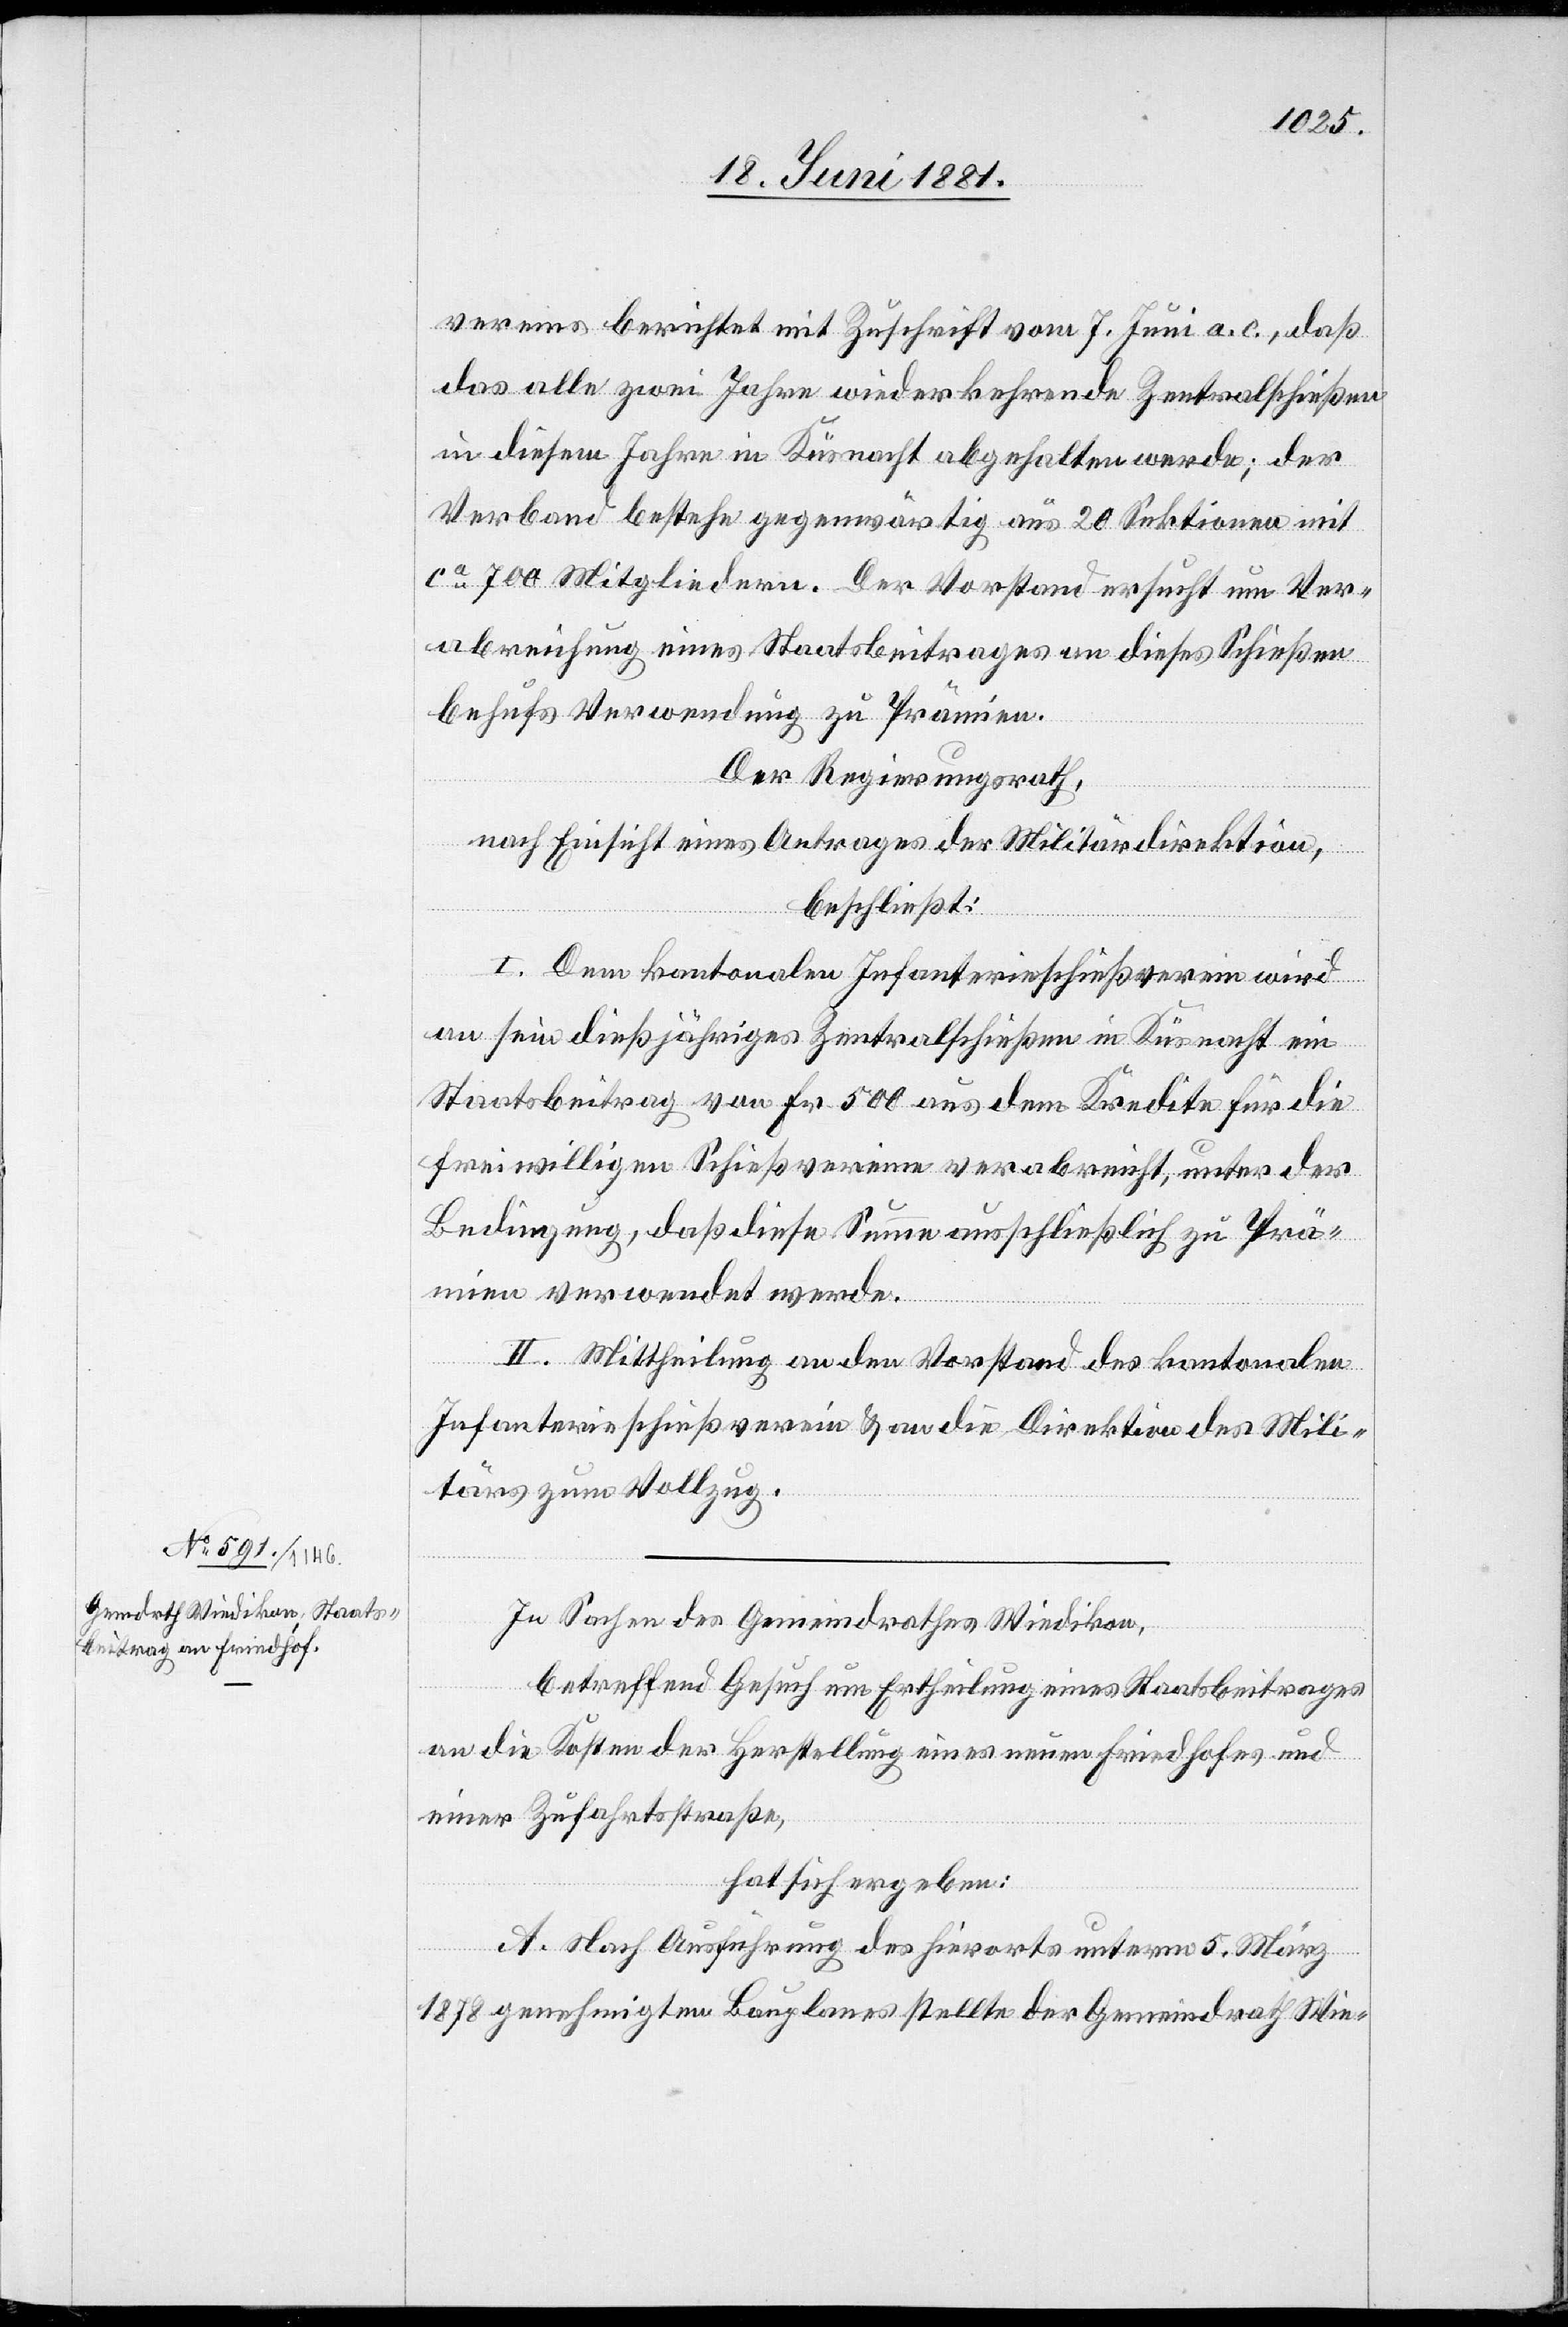
vereins berichtet mit Zuschrift vom 7. Juni a. c., daß
das alle zwei Jahre wiederkehrende Zentralschießen
in diesem Jahre in Küsnacht abgehalten werde; der
Verband bestehe gegenwärtig aus 20 Sektionen mit
ca 700 Mitgliedern. Der Vorstand ersucht um Ver¬
abreichung eines Staatsbeitrages an dieses Schießen
behufs Verwendung zu Prämien.
Der Regierungsrath,
nach Einsicht eines Antrages der Militärdirektion,
beschließt:
I. Dem kantonalen Infanterieschießverein wird
an sein dießjähriges Zentralschießen in Küsnacht ein
Staatsbeitrag von Fr. 500 aus dem Kredite für die
freiwilligen Schießvereine verabreicht, unter der
Bedingung, daß diese Summe ausschließlich zu Prä¬
mien verwendet werde.
II. Mittheilung an den Vorstand des kantonalen
Infanterieschießverein & an die Direktion des Mili¬
tärs zum Vollzug.
In Sachen des Gemeindrathes Wiedikon,
betreffend Gesuch um Ertheilung eines Staatsbeitrages
an die Kosten der Herstellung eines Friedhofes und
einer Zufahrtsstraße,
hat sich ergeben:
A. Nach Ausführung des hierorts unterm 5. März
1878 genehmigten Bauplanes stellte der Gemeindrath Wie-